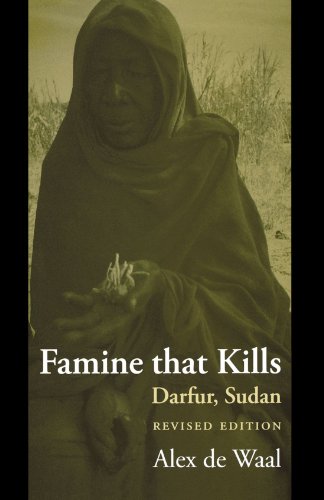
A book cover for Famine that Kills: Darfur, Sudan (Oxford Studies in African Affairs); Alex de Waal; History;